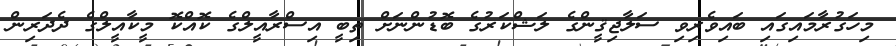
މިހަގުރާމައިގައި ބައިވެރިވި ސަލާޖިޤީންގެ ލަޝްކަރުގެ ބޮޑުންނަށް ތިބީ އިސްރާއީލްގެ ކޮއްކޮ މީކާއީލްގެ ދެދަރިން